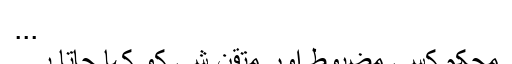
...
محکم کسي مضبوط اور متقن شي کو کہا جاتا ہے۔